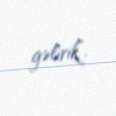
gəlirik”.